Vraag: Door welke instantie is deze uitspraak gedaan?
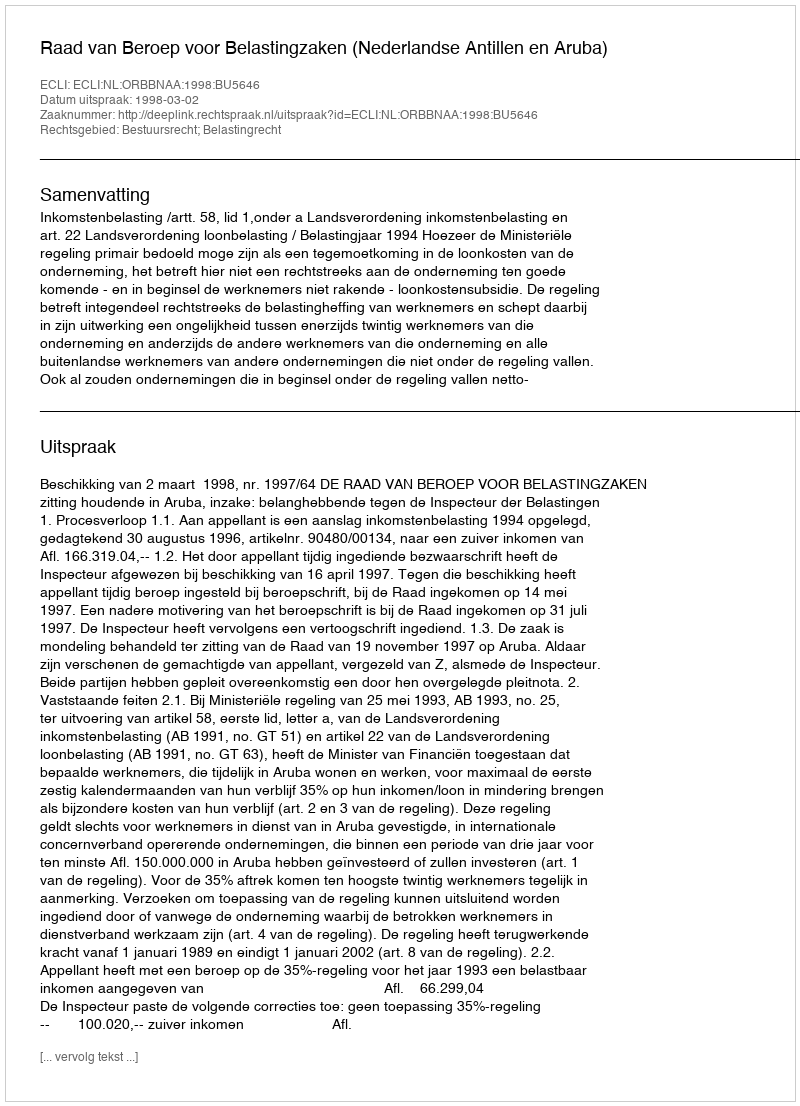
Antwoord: Raad van Beroep voor Belastingzaken (Nederlandse Antillen en Aruba)